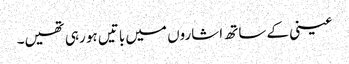
عینی کے ساتھ اشاروں میں باتیں ہو رہی تھیں۔